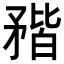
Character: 𥍾